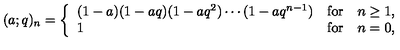
( a ; q ) _ { n } = \left\{ \begin{array} { l l l } { ( 1 - a ) ( 1 - a q ) ( 1 - a q ^ { 2 } ) \cdots ( 1 - a q ^ { n - 1 } ) } & { \mathrm { f o r } } & { n \ge 1 , } \\ { 1 } & { \mathrm { f o r } } & { n = 0 , } \\ \end{array} \right.